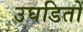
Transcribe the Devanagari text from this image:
उघडितों